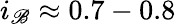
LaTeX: i_{\mathscr{B}}\approx0.7-0.8